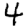
Digit: 4